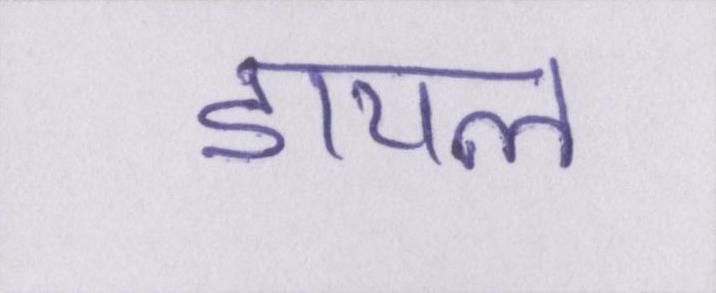
डायल